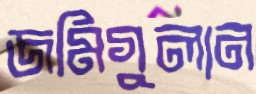
জমিগুলান